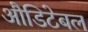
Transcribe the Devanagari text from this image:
औडिटेबल